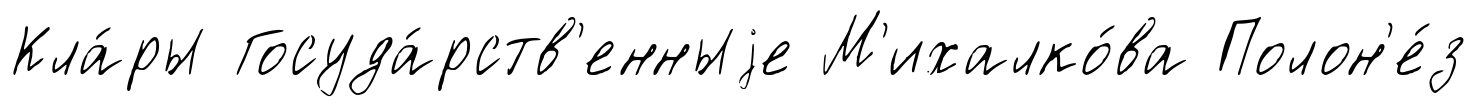
Кла́ры Госуда́рств'енныjе М'ихалко́ва Полон'е́з